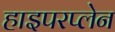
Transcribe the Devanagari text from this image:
हाइपरप्लेन